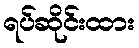
ရပ်ဆိုင်းထား